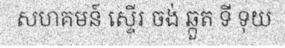
សហគមន៍ ស្ទើរ ចង់ ឆ្កួត ទី ទុយ